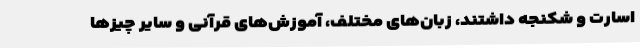
اسارت و شکنجه داشتند، زبان‌های مختلف، آموزش‌های قرآنی و سایر چیزها